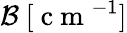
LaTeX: \mathcal{B}\ [\mathrm{{~c~m~}}^{-1}]